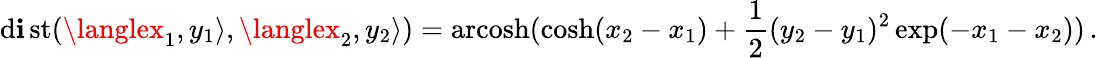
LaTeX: \operatorname{d\mathbf{i}st}(\langlex_{1},y_{1}\rangle,\langlex_{2},y_{2}\rangle)=\operatorname{arcosh}(\cosh(x_{2}-x_{1})+{\frac{{1}}{{2}}}(y_{2}-y_{1})^{2}\exp(-x_{1}-x_{2}))\, .